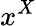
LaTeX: x^{X}